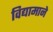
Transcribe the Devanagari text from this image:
विद्यामाने